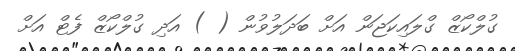
ގުލްކޯޒް ގްލައިކަޖަން އަށް ބަދަލުވުން ( ) އަދި ގުލްކޯޒް ފެޓް އަށް